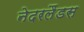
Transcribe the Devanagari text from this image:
नेदरलैंडस